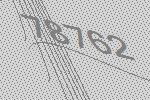
78762